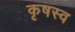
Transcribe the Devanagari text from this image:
कृषस्व